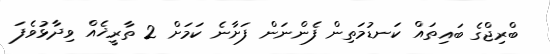
ބްރިޖްގެ ބައިތައް ކަނޑުމަތިން ފެންނަން ފަށާނެ ކަމަށް 2 ތާރީޚެއް ވިދާޅުވެފަ